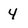
Character: 4